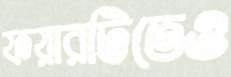
ফয়ারটিতেও